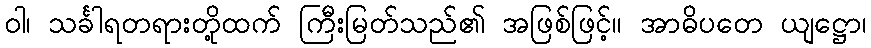
ဝါ၊ သင်္ခါရတရားတို့ထက် ကြီးမြတ်သည်၏ အဖြစ်ဖြင့်။ အာဓိပတေ ယျဋ္ဌော၊